Annual administration report of the Civil Veterinary Department of India - 1896-1897
Year: 1896
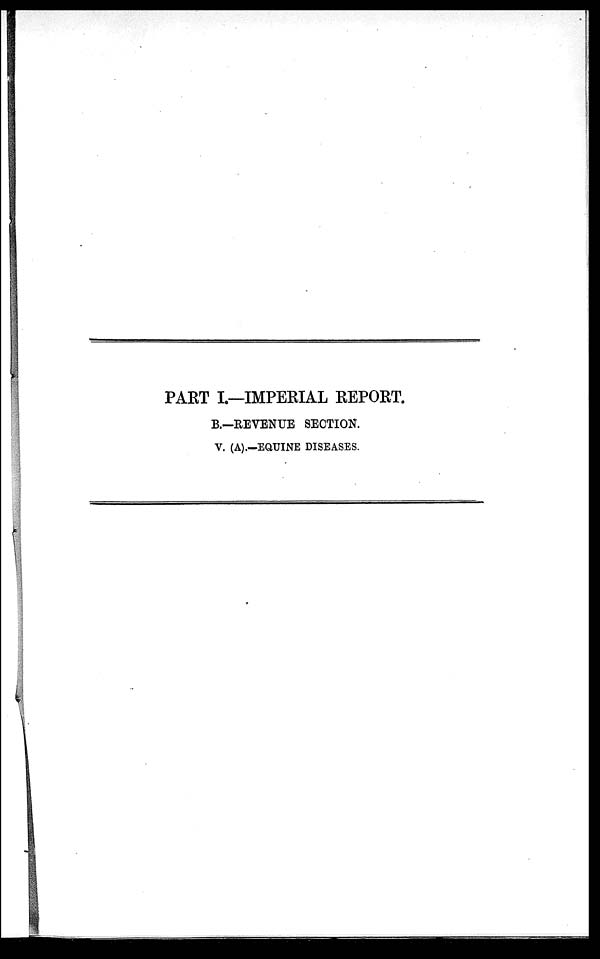
PART I.—IMPERIAL REPORT.
B.—REVENUE SECTION.
V. (A).—EQUINE DISEASES.